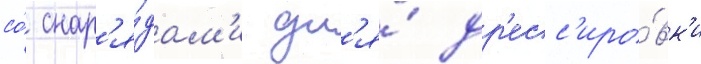
со́ снар'я́дам'и дл'я́ др'есс'иро́вк'и